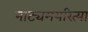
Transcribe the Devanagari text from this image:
नाट्यमयरित्या